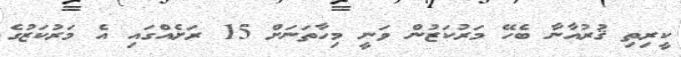
ކީރިތި ޤުރުއާނާ ބެހޭ މަރުކަޒުން ވަނީ މިހާތަނަށް 15 ރަށެއްގައި އެ މަރުކަޒުގެ